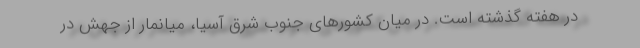
در هفته گذشته است. در میان کشورهای جنوب شرق آسیا، میانمار از جهش در